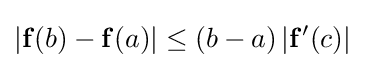
|\mathbf {f} (b)-\mathbf {f} (a)|\leq (b-a)\left|\mathbf {f} '(c)\right|